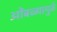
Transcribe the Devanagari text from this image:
ओंबळ्यामुळे